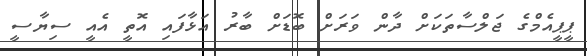
ޕީޕީއެމްގެ ޖަލްސާތަކަށް ދާން ވަރަށް ބޮޑަށް ބާރު އަޅާފައި އޮތީ އެއީ ސިޔާސީ